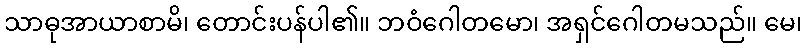
သာဓုအာယာစာမိ၊ တောင်းပန်ပါ၏။ ဘဝံဂေါတမော၊ အရှင်ဂေါတမသည်။ မေ၊